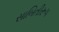
સાબિતીરૂપ